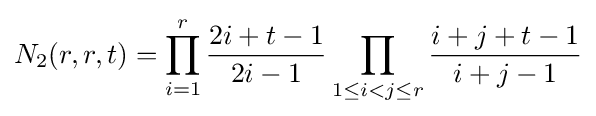
N_{2}(r,r,t)=\prod _{i=1}^{r}{\frac {2i+t-1}{2i-1}}\prod _{1\leq i<j\leq r}{\frac {i+j+t-1}{i+j-1}}